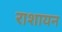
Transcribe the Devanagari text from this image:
राशायन